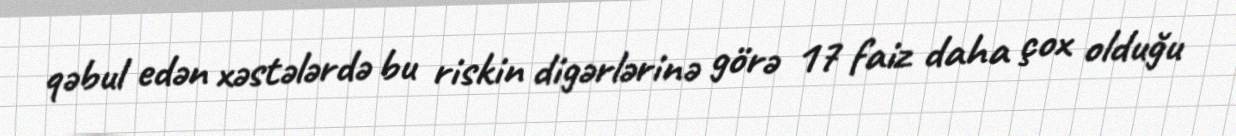
qəbul edən xəstələrdə bu riskin digərlərinə görə 17 faiz daha çox olduğu